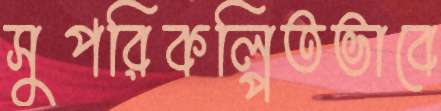
সুপরিকল্পিতভাবে